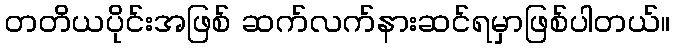
တတိယပိုင်းအဖြစ် ဆက်လက်နားဆင်ရမှာဖြစ်ပါတယ်။